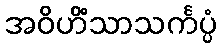
အဝိဟိံသာသင်္ကပ္ပံ